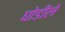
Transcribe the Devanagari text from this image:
घोडीले